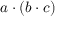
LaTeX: a \cdot ( b \cdot c )